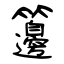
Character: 籩